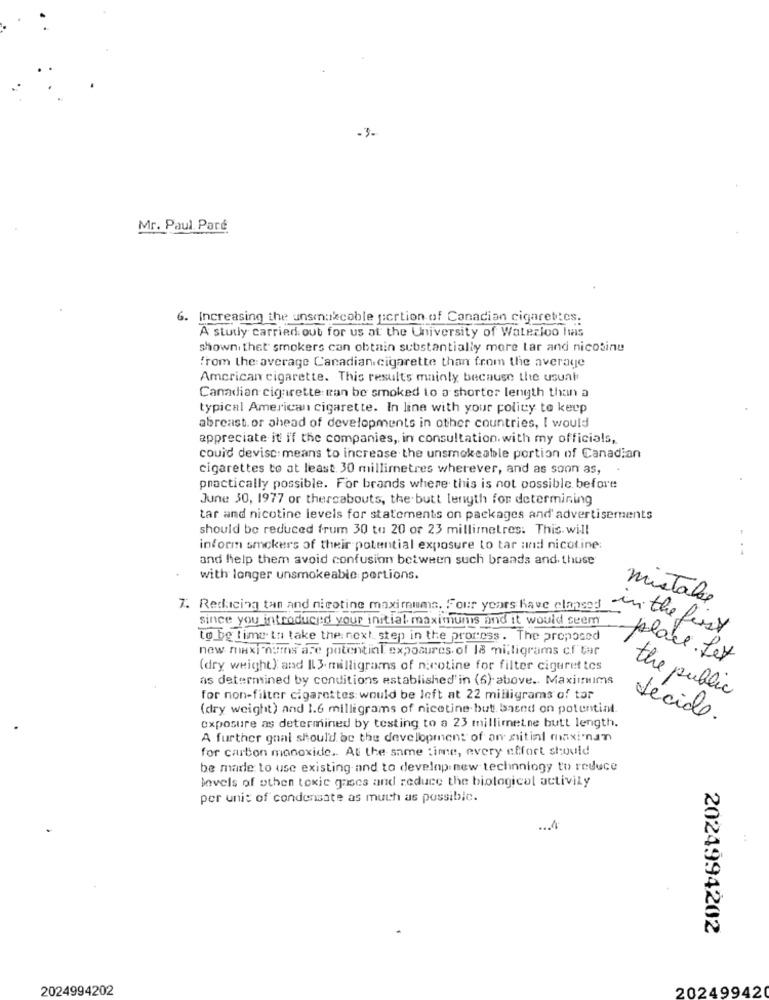
-3.
Mr. Paul Paré
6. Increasing the unsmaxcoble portion of Canadian cigarettes.
A study carried out for us at the University of Waterloo Iws
shown, thet smokers can obtain substantially more Lar and nicotine
from the average Canadian cigarette than from the average
American cigarette. This results mainly because the usual
Canadian cigarette ran be smoked to a shorter length than a
typical American cigarette. In line with your policy to keep
abreast. or ahead of developments in other countries, I would
appreciate it if the companies, in consultation. with my officials,
could devisc:means to increase the unsmokeable portion of Canadian
cigarettes to at least. 30 millimetres wherever, and as soon as,
practically possible. For brands where this is not possible before
June 30, 1977 or thereabouts, the butt length for determining
tar and nicotine levels for statements on packages and' advertisements
should be reduced frum 30 ta 20 or 23 millimetres: This. will
inform smokers of their potential exposure to tar and nicotine:
and help them avoid confusion between such braads and, thuse
with longer unsmokeable portions.
mistake
7. Reducing tan and nicotine maximums. Four years Rave clanses
since you introduced your initial maximums and it would seem
in the first
to be time to take the next step in the process. The proposed
new maxi noms are potential exposures of 18 milligrams cf tar
place.Let
(dry weight) and IL3. milligrams of nicotine for filter ciguret tos
as determined by conditions established'in (6) above .. Maximums
the public
for non-filter cigarettes would be left at 22 milligrams of tar
(dry weight) and 1.6 milligrams of nicotine but based on potential.
00
décide .
exposure as determined by testing to a 23 millimeine butt length.
A further gnal should be the development of an nitinl maxi-nam
for carton monoxide .. At the same time, every effort should
be madle to use existing and to develop new techinniogy to reduce
levels of other toxic gases and reduce the biological activity
per unit of condensate as much as possible.
2024994202
2024994202
202499420